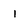
Character: 1